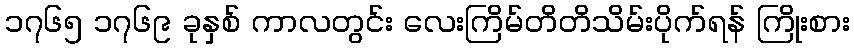
၁၇၆၅ ၁၇၆၉ ခုနှစ် ကာလတွင်း လေးကြိမ်တိတိသိမ်းပိုက်ရန် ကြိုးစား